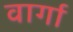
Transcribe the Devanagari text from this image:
वार्गा